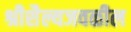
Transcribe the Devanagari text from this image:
श्रीशैल्यजवळील